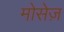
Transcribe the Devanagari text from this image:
मोसेज़